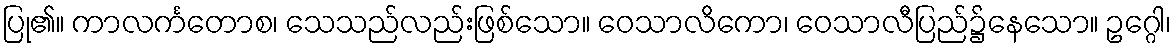
ပြု၏။ ကာလင်္ကတောစ၊ သေသည်လည်းဖြစ်သော။ ဝေသာလိကော၊ ဝေသာလီပြည်၌နေသော။ ဥဂ္ဂေါ၊